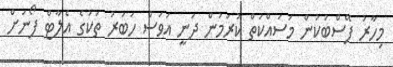
މިހާރު ފޭސްބުކުން މަސައްކަތް ކުރަމުން ދަނީ އަވަސް ހަބަރު ތަކުގެ އެލާޓް ފޯނަށް